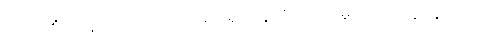
တာဝတိံသာနတ်ပြည်တွင် ဘုရားရှင်နေထိုင်တော်မူပုံ။ အင်္ဂုတ္တရနိကာယ